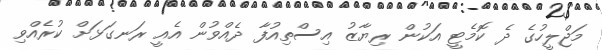
މަޖްލީހުގެ ދެ ކޮމެޓީ އަކުން ރިޔާޒު އިސްތިއުފާ ދެއްވުން އެއީ ރަނގަޅަށް ކުރެއްވި